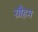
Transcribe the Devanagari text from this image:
ग्रौहम